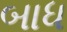
બાધ